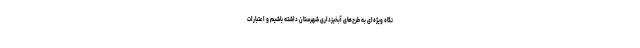
نگاه ویژه‌ای به طرح‌های آبخیزداری شهرستان داشته باشیم و اعتبارات